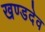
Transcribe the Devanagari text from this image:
खण्डदेव